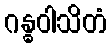
ဂန္ဓဝါသိတံ